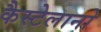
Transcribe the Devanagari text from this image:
कैस्टेलानो